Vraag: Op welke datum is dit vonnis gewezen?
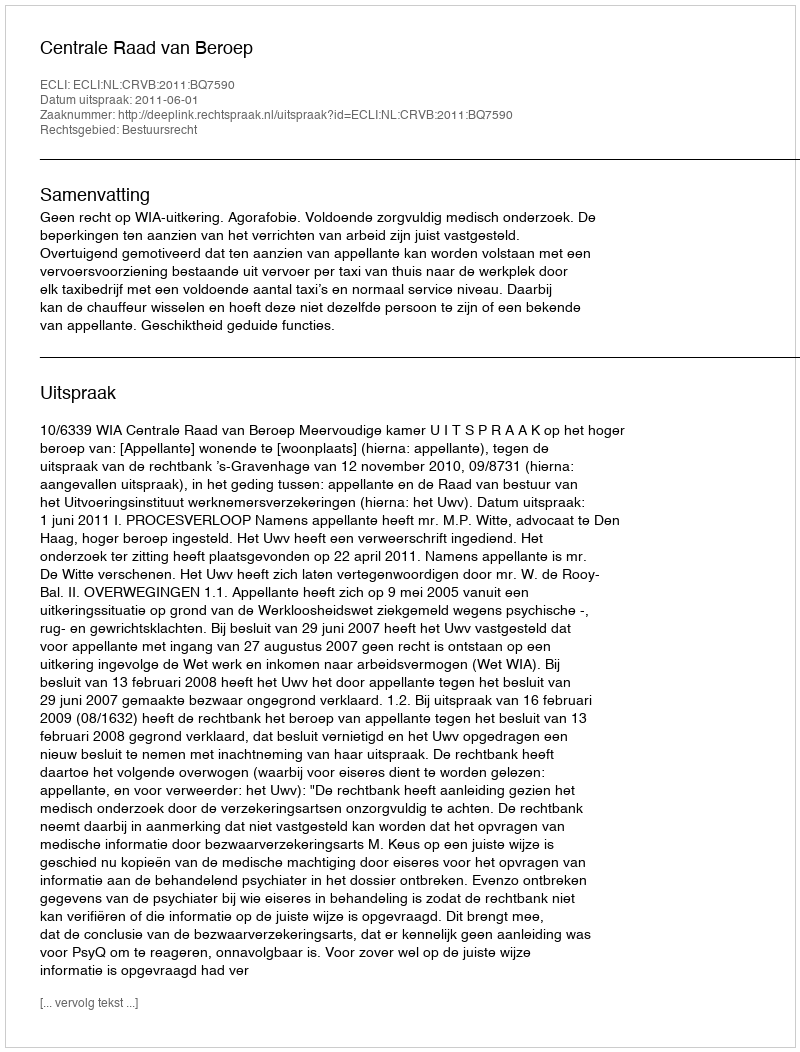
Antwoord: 2011-06-01